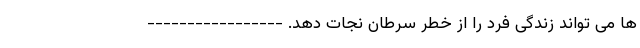
ها می تواند زندگی فرد را از خطر سرطان نجات دهد. -----------------